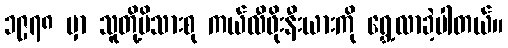
၁၉၇၈ မှာ သူတို့မိသားစု ကယ်လီဖိုးနီးယားကို ရွှေ့လာခဲ့ပါတယ်။